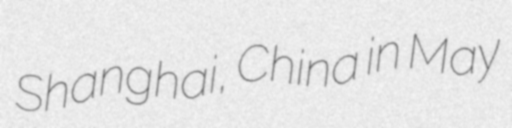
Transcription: Shanghai, China in May